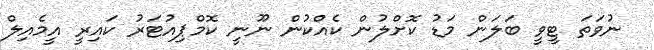
ނުވަތަ ޓީވީ ބަލަން މަޑު ކޮށްލުން ކެއްކުން ނޫނީ ކޮމްޕިއުޓަރު ކައިރީ އީމެއިލް